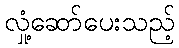
လှုံ့ဆော်ပေးသည့်